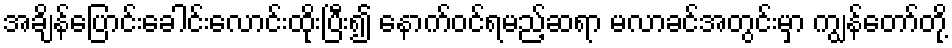
အချိန်ပြောင်းခေါင်းလောင်းထိုးပြီး၍ နောက်ဝင်ရမည့်ဆရာ မလာခင်အတွင်းမှာ ကျွန်တော်တို့